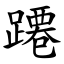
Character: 蹮